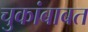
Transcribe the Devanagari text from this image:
चुकांबाबत